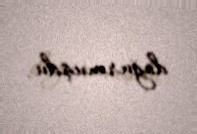
doğurmuşdu.